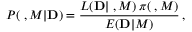
{ \cal P } ( { \bf \theta } , { \cal M } | { \bf D } ) = { \frac { { \cal L } ( { \bf D } | { \bf \theta } , { \cal M } ) \, \pi ( { \bf \theta } , { \cal M } ) } { E ( { \bf D } | { \cal M } ) } } \, ,